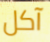
آكل